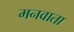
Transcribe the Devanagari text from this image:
मनवाता